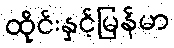
ထိုင်းနှင့်မြန်မာ